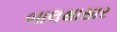
બાલથાસાર